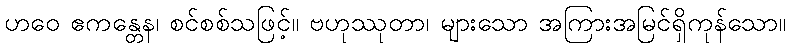
ဟဝေ ဧကန္တေန၊ စင်စစ်သဖြင့်။ ဗဟုဿုတာ၊ များသော အကြားအမြင်ရှိကုန်သော။